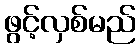
ဖွင့်လှစ်မည်